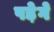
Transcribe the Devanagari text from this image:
पडे़गे